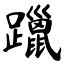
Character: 躐